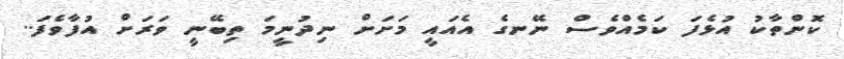
ކޮންތާކު އުޅެފަ ކަމެއްވެސް ނޭނގެ އެއައީ މަށަށް ނިދުނީމަ ތިބޭނީ ވަރަށް އުފާވެފަ..